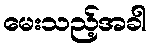
မေးသည့်အခါ